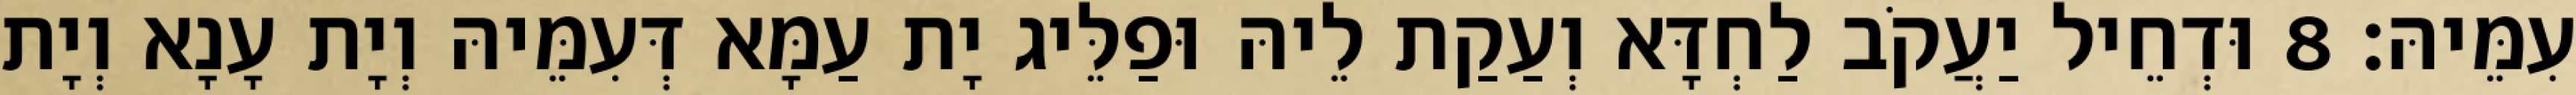
עִמֵּיהּ׃ 8 וּדְחֵיל יַעֲקֹב לַחְדָּא וְעַקַת לֵיהּ וּפַלֵּיג יָת עַמָּא דְּעִמֵּיהּ וְיָת עָנָא וְיָת